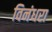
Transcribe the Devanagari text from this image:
विनंधरा